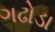
ગઢોડા